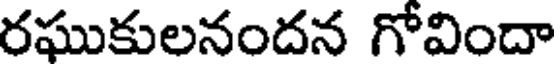
రఘుకులనందన గోవిందా